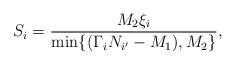
LaTeX: \begin{align*} S_i ={}& \frac{M_2\xi_i}{\min\{(\Gamma_i N_{i^\prime}-M_1),M_2\}},\end{align*}